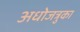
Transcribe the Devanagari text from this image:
अधोजत्रुका